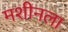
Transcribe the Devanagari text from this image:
मशीनला